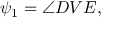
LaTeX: \psi _ { 1 } = \angle D V E ,